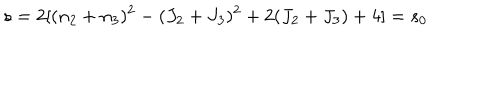
s = 2 [ ( n _ { 2 } + n _ { 3 } ) ^ { 2 } - ( J _ { 2 } + J _ { 3 } ) ^ { 2 } + 2 ( J _ { 2 } + J _ { 3 } ) + 4 ] = s _ { 0 }